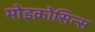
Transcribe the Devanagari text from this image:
मोइक्रोसिन्स